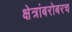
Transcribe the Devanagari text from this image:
क्षेत्रांबरोबरच